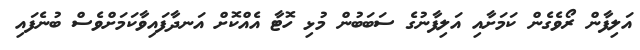
އަލިފާން ރޯވެގެން ކަމަށާއި އަލިފާނުގެ ސަބަބުން މުޅި ހޮޓާ އެއްކޮށް އަނދާފައިވާކަމަށްވެސް ބުނެފައި